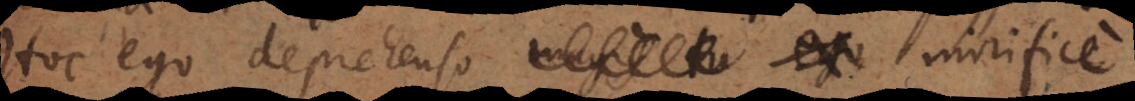
Hoc ego deprehenso _ ego mirifice